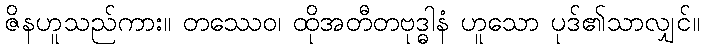
ဇိနဟူသည်ကား။ တဿေဝ၊ ထိုအတီတဗုဒ္ဓါနံ ဟူသော ပုဒ်၏သာလျှင်။